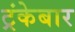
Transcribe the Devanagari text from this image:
ट्रंकेबार